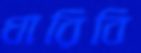
ধারিবি